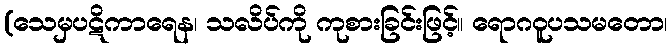
(သေမှပဋိကာရေန၊ သလိပ်ကို ကုစားခြင်းဖြင့်။ ရောဂဝူပသမတော၊